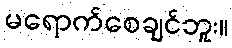
မရောက်စေချင်ဘူး။